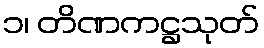
၁၊ တိဏကဋ္ဌသုတ်